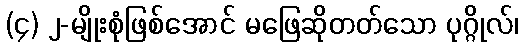
(၄) ၂-မျိုးစုံဖြစ်အောင် မဖြေဆိုတတ်သော ပုဂ္ဂိုလ်၊